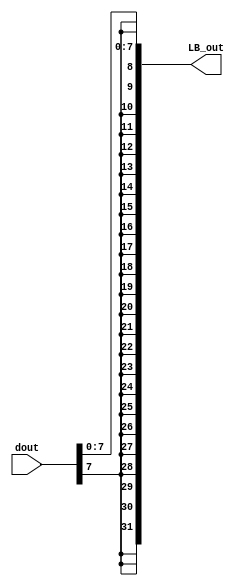
module lb(dout,LB_out);
    input [31:0] dout;
    output [31:0] LB_out;

    assign LB_out = {{24{dout[7]}},dout[7:0]}; //

endmodule